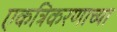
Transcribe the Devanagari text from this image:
एकत्रिकरणाच्या